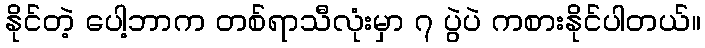
နိုင်တဲ့ ပေါ့ဘာက တစ်ရာသီလုံးမှာ ၇ ပွဲပဲ ကစားနိုင်ပါတယ်။